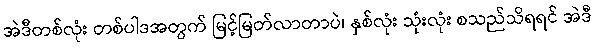
အဲဒီတစ်လုံး တစ်ပါဒအတွက် မြင့်မြတ်လာတာပဲ၊ နှစ်လုံး သုံးလုံး စသည်သိရရင် အဲဒီ